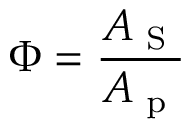
\Phi = \frac { A _ { \textup { S } } } { A _ { \textup { p } } }